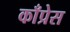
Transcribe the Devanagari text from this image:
काँप्रेस